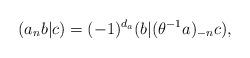
LaTeX: \begin{align*}(a_nb|c)= (-1)^{d_a}(b|(\theta^{-1}a)_{-n}c),\end{align*}